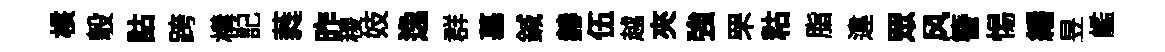
核彀詁跨構記蕤昨稷妓逸群墓鍼赫伍越夾強罘䊀脂違眾风簪惕繙昱艦